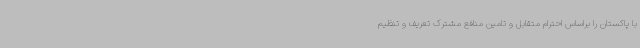
با پاکستان را براساس احترام متقابل و تامین منافع مشترک تعریف و تنظیم